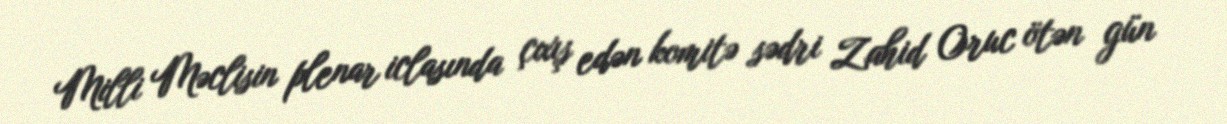
Milli Məclisin plenar iclasında çıxış edən komitə sədri Zahid Oruc ötən gün